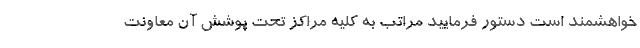
خواهشمند است دستور فرمایید مراتب به کلیه مراکز تحت پوشش آن معاونت